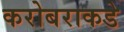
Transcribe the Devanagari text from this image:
करोबराकडे